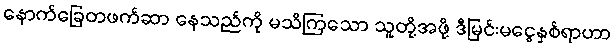
နောက်ခြေတဖက်ဆာ နေသည်ကို မသိကြသော သူတို့အဖို့ ဒီမြင်းမငွေနှစ်ရာဟာ